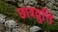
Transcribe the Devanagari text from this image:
छात्रव्रुत्ति